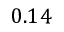
0 . 1 4